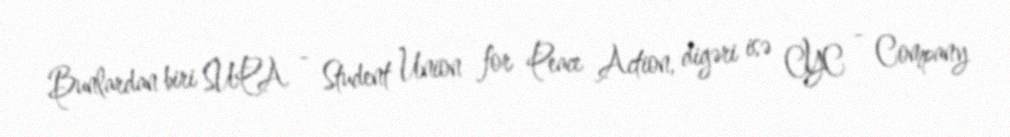
Bunlardan biri SUPA - Student Union for Peace Action, digəri isə CYC - Company